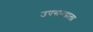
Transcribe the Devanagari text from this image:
उपसमुद्राला